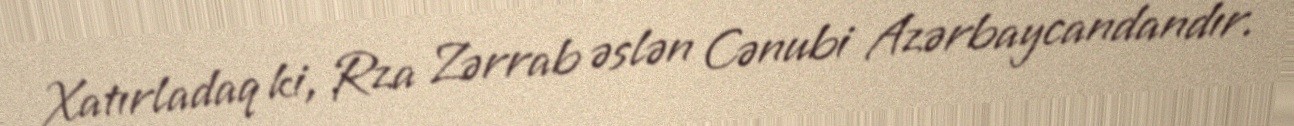
Xatırladaq ki, Rza Zərrab əslən Cənubi Azərbaycandandır.